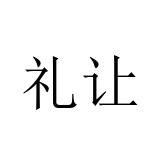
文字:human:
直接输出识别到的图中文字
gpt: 礼让